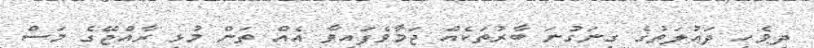
ދިވެހި ދަޢުލަތުގެ ގިނަގުނަ ބާރުތަކެއް ޖަމާވެފައިވާ އެއް ތަން މުޅި ރާއްޖޭގެ މަސް